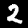
Label: 2